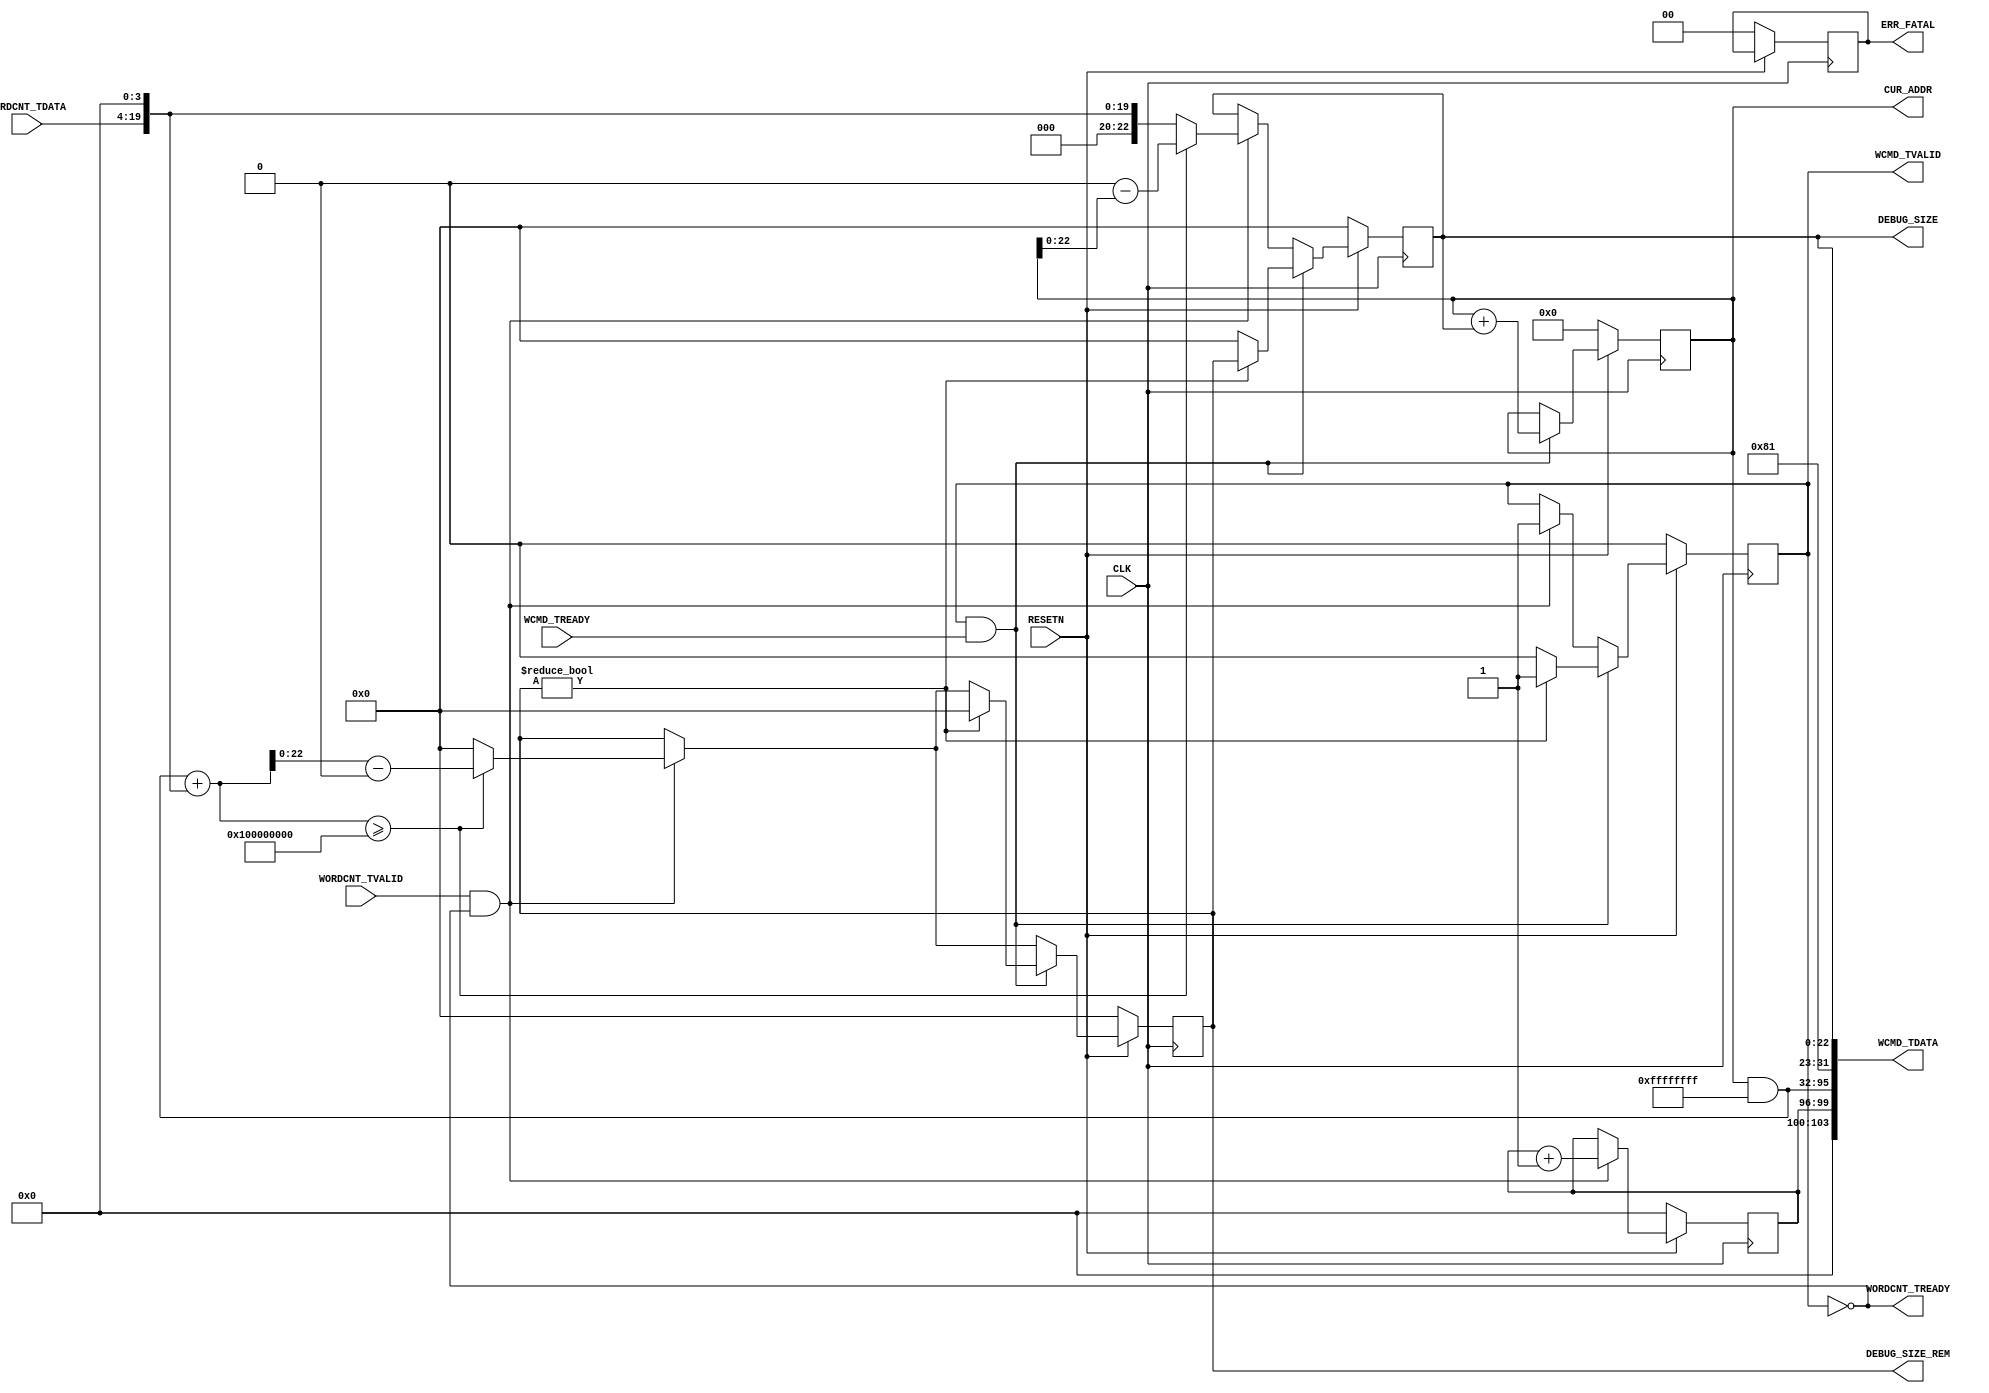

// Copyright (C) Akira Higuchi  ( https://github.com/ahiguti )
// Copyright (C) DeNA Co.,Ltd. ( https://dena.com )
// All rights reserved.
// See COPYRIGHT.txt for details


module gen_datamover_wcmd(
  CLK, RESETN,
  WORDCNT_TDATA, WORDCNT_TVALID, WORDCNT_TREADY,
  WCMD_TDATA, WCMD_TVALID, WCMD_TREADY,
  ERR_FATAL, CUR_ADDR, DEBUG_SIZE, DEBUG_SIZE_REM);
parameter WORDCNT_WORD_SIZE_LOG2 = 4;
parameter ADDR_WIDTH = 64;
parameter ADDR_MOD_WIDTH = 32;
input CLK;
input RESETN;
input [15:0] WORDCNT_TDATA;
input WORDCNT_TVALID;
output WORDCNT_TREADY;
output [ADDR_WIDTH+40-1:0] WCMD_TDATA;
output WCMD_TVALID;
input WCMD_TREADY;
output [1:0] ERR_FATAL;
output [ADDR_WIDTH-1:0] CUR_ADDR;
output [22:0] DEBUG_SIZE;
output [22:0] DEBUG_SIZE_REM;

reg [3:0] wcmd_tag;
reg [ADDR_WIDTH-1:0] wcmd_addr;
reg [31:0] wcmd_addr_wrap;
reg [22:0] wcmd_size;
reg [22:0] wcmd_size_rem;
reg wcmd_tvalid;
reg [1:0] err_fatal;

wire [22:0] wordcnt_bytes = WORDCNT_TDATA << WORDCNT_WORD_SIZE_LOG2;
wire [ADDR_WIDTH-1:0] wcmd_addr_mod = wcmd_addr & ((1 << ADDR_MOD_WIDTH) - 1);

assign WORDCNT_TREADY = (wcmd_tvalid == 0);
assign WCMD_TDATA = { 4'b0, wcmd_tag, wcmd_addr_mod, 8'h40, 1'b1, wcmd_size };
assign WCMD_TVALID = wcmd_tvalid;
assign ERR_FATAL = err_fatal; // 
assign CUR_ADDR = wcmd_addr;
assign DEBUG_SIZE = wcmd_size;
assign DEBUG_SIZE_REM = wcmd_size_rem;

always @(posedge CLK) begin
  if (!RESETN) begin
    wcmd_tag <= 0;
    wcmd_addr <= 0;
    wcmd_size <= 0;
    wcmd_size_rem <= 0;
    wcmd_tvalid <= 0;
    err_fatal <= 0;
  end else begin
    if (WORDCNT_TVALID && WORDCNT_TREADY) begin
      wcmd_tag <= wcmd_tag + 1;
      if (wcmd_addr_mod + wordcnt_bytes >= (1 << ADDR_MOD_WIDTH)) begin
        wcmd_size <= (1 << ADDR_MOD_WIDTH) - wcmd_addr;
        wcmd_size_rem <= wcmd_addr_mod + wordcnt_bytes - (1 << ADDR_MOD_WIDTH);
      end else begin
        wcmd_size <= wordcnt_bytes;
        wcmd_size_rem <= 0;
      end
      wcmd_tvalid <= 1;
    end
    if (WCMD_TVALID && WCMD_TREADY) begin
      wcmd_addr <= wcmd_addr + wcmd_size;
      if (wcmd_size_rem != 0) begin
        wcmd_tvalid <= 1;
        wcmd_size <= wcmd_size_rem;
        wcmd_size_rem <= 0;
      end else begin
        wcmd_tvalid <= 0;
        wcmd_size <= 0;
      end
    end
  end
end

endmodule